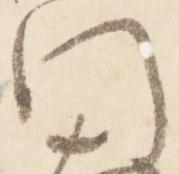
門